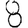
Digit: 8